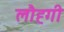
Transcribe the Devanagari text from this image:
लौह्गी